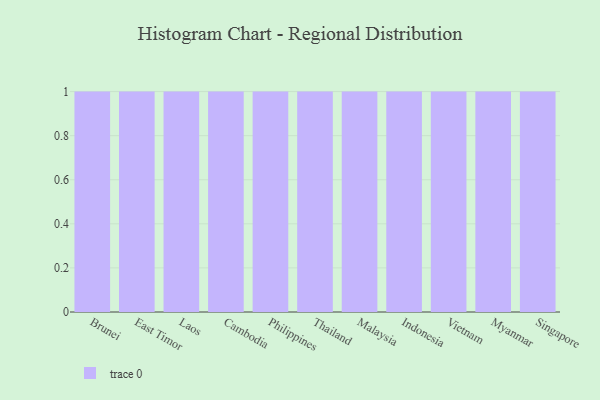
{"axis": {"x": "Country", "y": "Market Share (%)"}, "legend": [""], "data": [{"x": "Brunei", "y": 62, "type": ""}, {"x": "East Timor", "y": 2, "type": ""}, {"x": "Laos", "y": 67, "type": ""}, {"x": "Cambodia", "y": 69, "type": ""}, {"x": "Philippines", "y": 99, "type": ""}, {"x": "Thailand", "y": 64, "type": ""}, {"x": "Malaysia", "y": 26, "type": ""}, {"x": "Indonesia", "y": 15, "type": ""}, {"x": "Vietnam", "y": 87, "type": ""}, {"x": "Myanmar", "y": 93, "type": ""}, {"x": "Singapore", "y": 29, "type": ""}]}